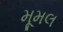
મૂમલ